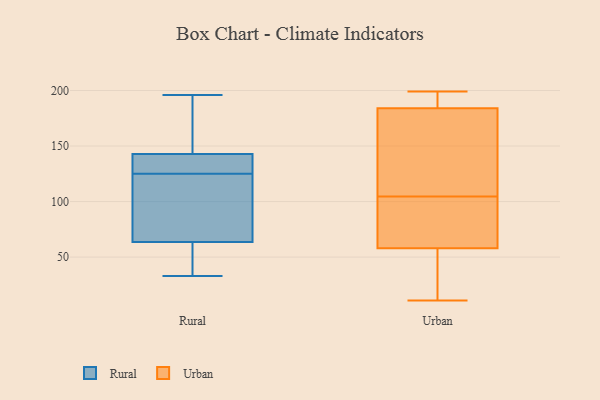
{"axis": {"x": "Customer Acquisition Cost (USD)", "y": "Value"}, "legend": ["Rural", "Urban"], "data": [{"x": "", "y": 70, "type": "Rural"}, {"x": "", "y": 125, "type": "Rural"}, {"x": "", "y": 145, "type": "Rural"}, {"x": "", "y": 182, "type": "Rural"}, {"x": "", "y": 196, "type": "Rural"}, {"x": "", "y": 114, "type": "Rural"}, {"x": "", "y": 33, "type": "Rural"}, {"x": "", "y": 135, "type": "Rural"}, {"x": "", "y": 40, "type": "Rural"}, {"x": "", "y": 128, "type": "Rural"}, {"x": "", "y": 63, "type": "Rural"}, {"x": "", "y": 65, "type": "Rural"}, {"x": "", "y": 136, "type": "Rural"}, {"x": "", "y": 173, "type": "Rural"}, {"x": "", "y": 35, "type": "Rural"}, {"x": "", "y": 140, "type": "Urban"}, {"x": "", "y": 66, "type": "Urban"}, {"x": "", "y": 115, "type": "Urban"}, {"x": "", "y": 137, "type": "Urban"}, {"x": "", "y": 55, "type": "Urban"}, {"x": "", "y": 184, "type": "Urban"}, {"x": "", "y": 58, "type": "Urban"}, {"x": "", "y": 159, "type": "Urban"}, {"x": "", "y": 69, "type": "Urban"}, {"x": "", "y": 199, "type": "Urban"}, {"x": "", "y": 192, "type": "Urban"}, {"x": "", "y": 11, "type": "Urban"}, {"x": "", "y": 187, "type": "Urban"}, {"x": "", "y": 40, "type": "Urban"}, {"x": "", "y": 28, "type": "Urban"}, {"x": "", "y": 83, "type": "Urban"}, {"x": "", "y": 194, "type": "Urban"}, {"x": "", "y": 94, "type": "Urban"}]}